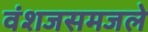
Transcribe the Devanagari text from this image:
वंशजसमजले